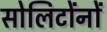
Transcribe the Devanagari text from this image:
सोलिटोंनों